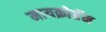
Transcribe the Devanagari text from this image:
मायक्रोग्रॅम